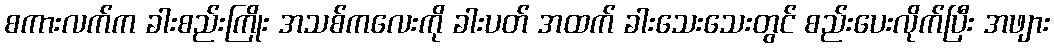
စကားလက်က ခါးစည်းကြိုး အသစ်ကလေးကို ခါးပတ် အထက် ခါးသေးသေးတွင် စည်းပေးလိုက်ပြီး အဖျား